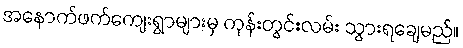
အနောက်ဖက်ကျေးရွာများမှ ကုန်းတွင်းလမ်း သွားရချေမည်။